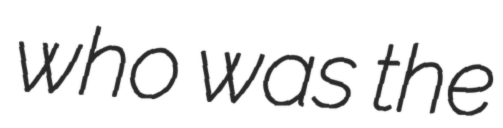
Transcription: who was the